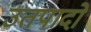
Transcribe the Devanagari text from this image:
उतपादो